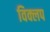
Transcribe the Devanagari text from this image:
विक्लप